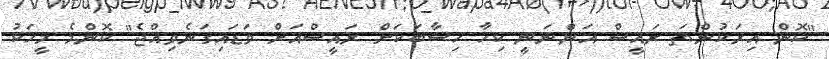
"ކޮން އިރަކުންތަ ރައީސް އަންނަނީ ކިހާ ހިސާބަކަށް ރައީސްއަށް ވަޑައިގަނެވިއްޖެ" ކޮންމެ މީހަކު